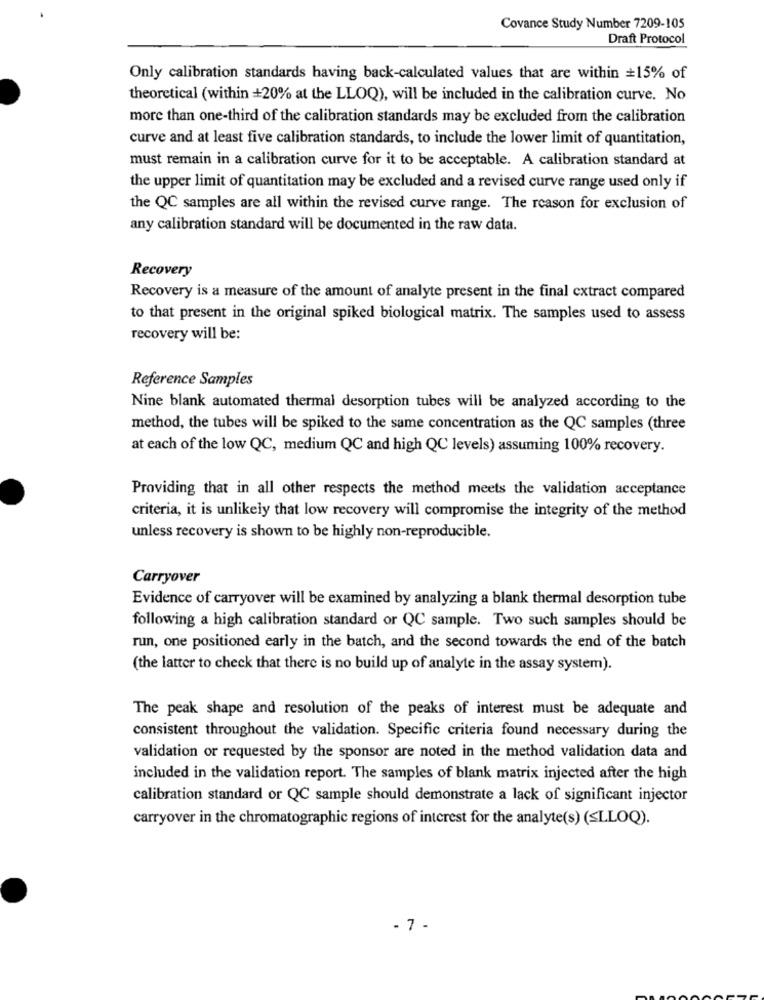
Covance Study Number 7209-105
Draft Protocol
Only calibration standards having back-calculated values that are within =15% of
theoretical (within +20% at the LLOQ), will be included in the calibration curve. No
more than one-third of the calibration standards may be excluded from the calibration
curve and at least five calibration standards, to include the lower limit of quantitation,
must remain in a calibration curve for it to be acceptable. A calibration standard at
the upper limit of quantitation may be excluded and a revised curve range used only if
the QC samples are all within the revised curve range. The reason for exclusion of
any calibration standard will be documented in the raw data.
Recovery
Recovery is a measure of the amount of analyte present in the final extract compared
to that present in the original spiked biological matrix. The samples used to assess
recovery will be:
Reference Samples
Nine blank automated thermal desorption tubes will be analyzed according to the
method, the tubes will be spiked to the same concentration as the QC samples (three
at each of the low QC, medium QC and high QC levels) assuming 100% recovery.
Providing that in all other respects the method meets the validation acceptance
criteria, it is unlikely that low recovery will compromise the integrity of the method
unless recovery is shown to be highly non-reproducible.
Carryover
Evidence of carryover will be examined by analyzing a blank thermal desorption tube
following a high calibration standard or QC sample. Two such samples should be
run, one positioned early in the batch, and the second towards the end of the batch
(the latter to check that there is no build up of analyte in the assay system).
The peak shape and resolution of the peaks of interest must be adequate and
consistent throughout the validation. Specific criteria found necessary during the
validation or requested by the sponsor are noted in the method validation data and
included in the validation report. The samples of blank matrix injected after the high
calibration standard or QC sample should demonstrate a lack of significant injector
carryover in the chromatographic regions of interest for the analyte(s) (SLLOQ).
- 7 -